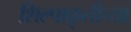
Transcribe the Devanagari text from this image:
शिल्पाकृतीच्या